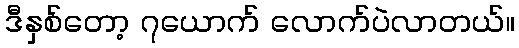
ဒီနှစ်တော့ ၇ယောက် လောက်ပဲလာတယ်။